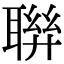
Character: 聨